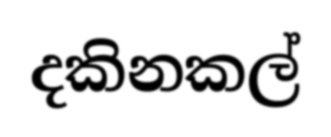
දකිනකල්